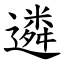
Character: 遴